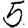
Digit: 5